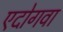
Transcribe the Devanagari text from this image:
एदोगवा